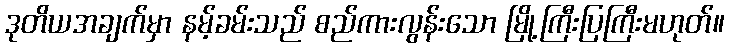
ဒုတိယအချက်မှာ နမ့်ခမ်းသည် စည်ကားလွန်းသော မြို့ကြီးပြကြီးမဟုတ်။